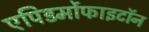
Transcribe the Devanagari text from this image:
एपिडर्मोफाइटॉन